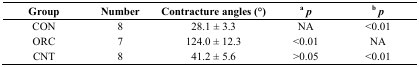
<table><thead><tr><td><b>Group</b></td><td><b>Number</b></td><td><b>Contracture angles (°)</b></td><td><b>a<i>p</i></b></td><td><b>b<i>p</i></b></td></tr></thead><tbody><tr><td>CON</td><td>8</td><td>28.1 ± 3.3</td><td>NA</td><td>&lt;0.01</td></tr><tr><td>ORC</td><td>7</td><td>124.0 ± 12.3</td><td>&lt;0.01</td><td>NA</td></tr><tr><td>CNT</td><td>8</td><td>41.2 ± 5.6</td><td>&gt;0.05</td><td>&lt;0.01</td></tr></tbody></table>